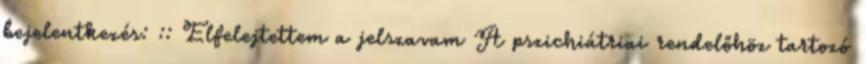
bejelentkezés: :: Elfelejtettem a jelszavam A pszichiátriai rendelőhöz tartozó